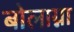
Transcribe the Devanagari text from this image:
बोलाग्ना